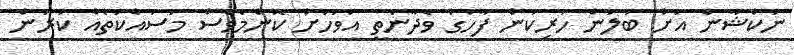
ނުކްޝާން އަށް ބަލަން ހުރިކަން ފާހަގަ ވެދާނެތީ އަވަހަށް ކޮންމެވެސް މަސައްކަތެއް ކުރަން